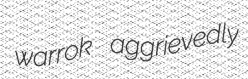
warrok aggrievedly